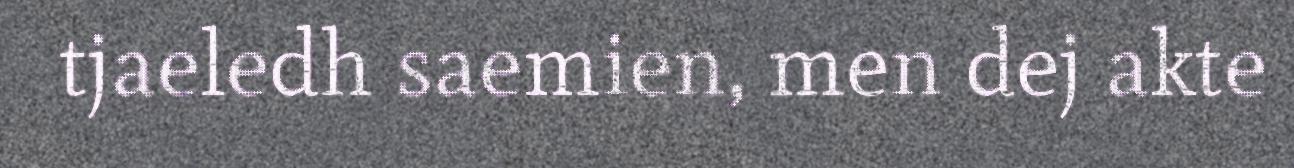
tjaeledh saemien, men dej akte